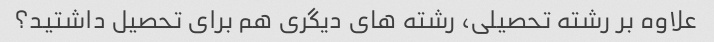
علاوه بر رشته تحصیلی، رشته های دیگری هم برای تحصیل داشتید؟